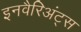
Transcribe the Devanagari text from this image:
इनवैरिअंट्स